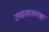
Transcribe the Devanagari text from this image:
उपहासजनक